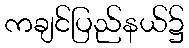
ကချင်ပြည်နယ်၌